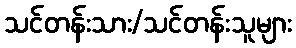
သင်တန်းသား/သင်တန်းသူများ